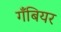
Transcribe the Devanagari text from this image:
गँबियर